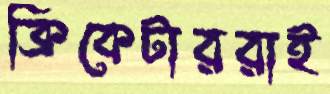
ক্রিকেটাররাই